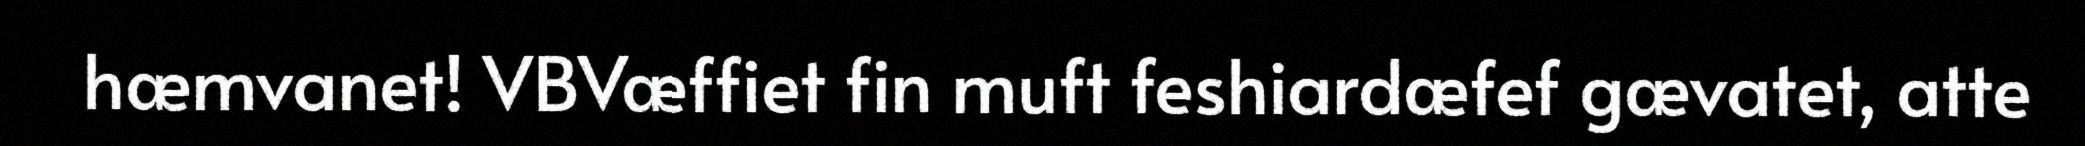
hæmvanet! VBVæffiet fin muft feshiardæfef gævatet, atte